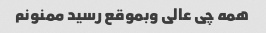
همه چی عالی وبموقع رسید ممنونم